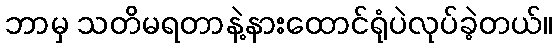
ဘာမှ သတိမရတာနဲ့နားထောင်ရုံပဲလုပ်ခဲ့တယ်။